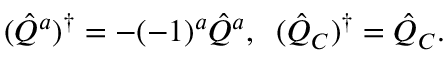
( \hat { Q } ^ { a } ) ^ { \dagger } = - ( - 1 ) ^ { a } \hat { Q } ^ { a } , \; \; ( \hat { Q } _ { C } ) ^ { \dagger } = \hat { Q } _ { C } .